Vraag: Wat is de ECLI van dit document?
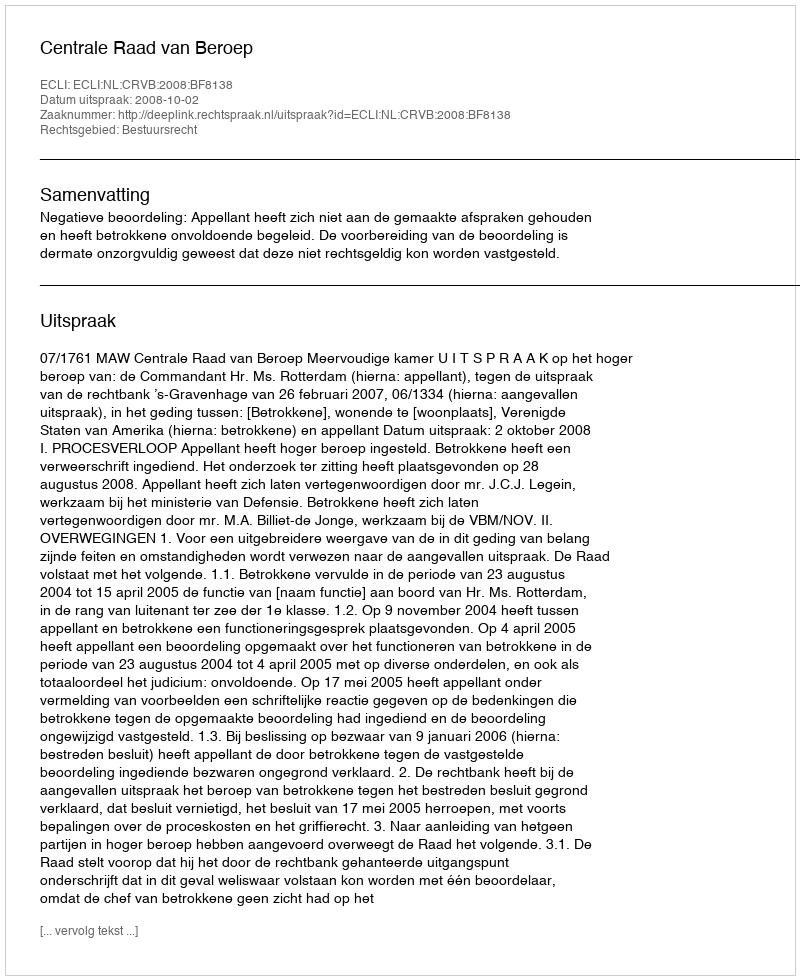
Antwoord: ECLI:NL:CRVB:2008:BF8138